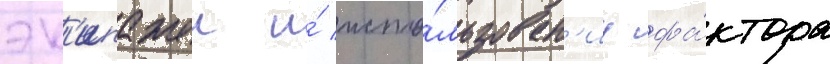
эк'ипажеи и́ испо́льзован'иу фа́ктора